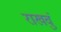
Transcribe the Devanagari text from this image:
राखवुं